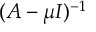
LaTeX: ( A - \mu I ) ^ { - 1 }